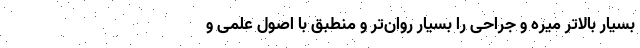
بسیار بالاتر میره و جراحی را بسیار روان‌تر و منطبق با اصول علمی و